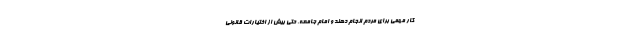
کار مهمی برای مردم انجام دهند و امام جامعه، حتی بیش از اختیارات قانونی